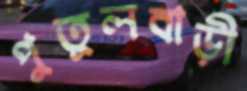
পুতুলবাড়ী